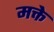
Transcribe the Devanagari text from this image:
मक्ते